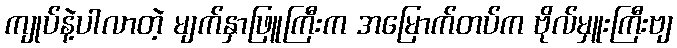
ကျုပ်နဲ့ပါလာတဲ့ မျက်နှာဖြူကြီးက အမြောက်တပ်က ဗိုလ်မှူးကြီးဗျ